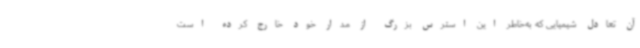
آن تعادل شیمیایی که به‌خاطر این استرس بزرگ از مدار خود خارج کرده است